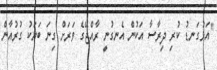
"އަޅުގަނޑު ކުރި ދިރާސާ އަކުން އެނގުނީ ރާއްޖޭގެ ވަރަށް ގިނަ ބަޔަކު ގުރުއާން